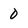
Character: 0